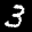
Label: 3